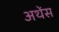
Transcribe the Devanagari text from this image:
अथेंस